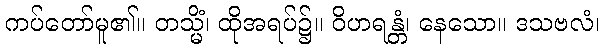
ကပ်တော်မူ၏။ တသ္မိံ၊ ထိုအရပ်၌။ ဝိဟရန္တံ၊ နေသော။ ဒသဗလံ၊